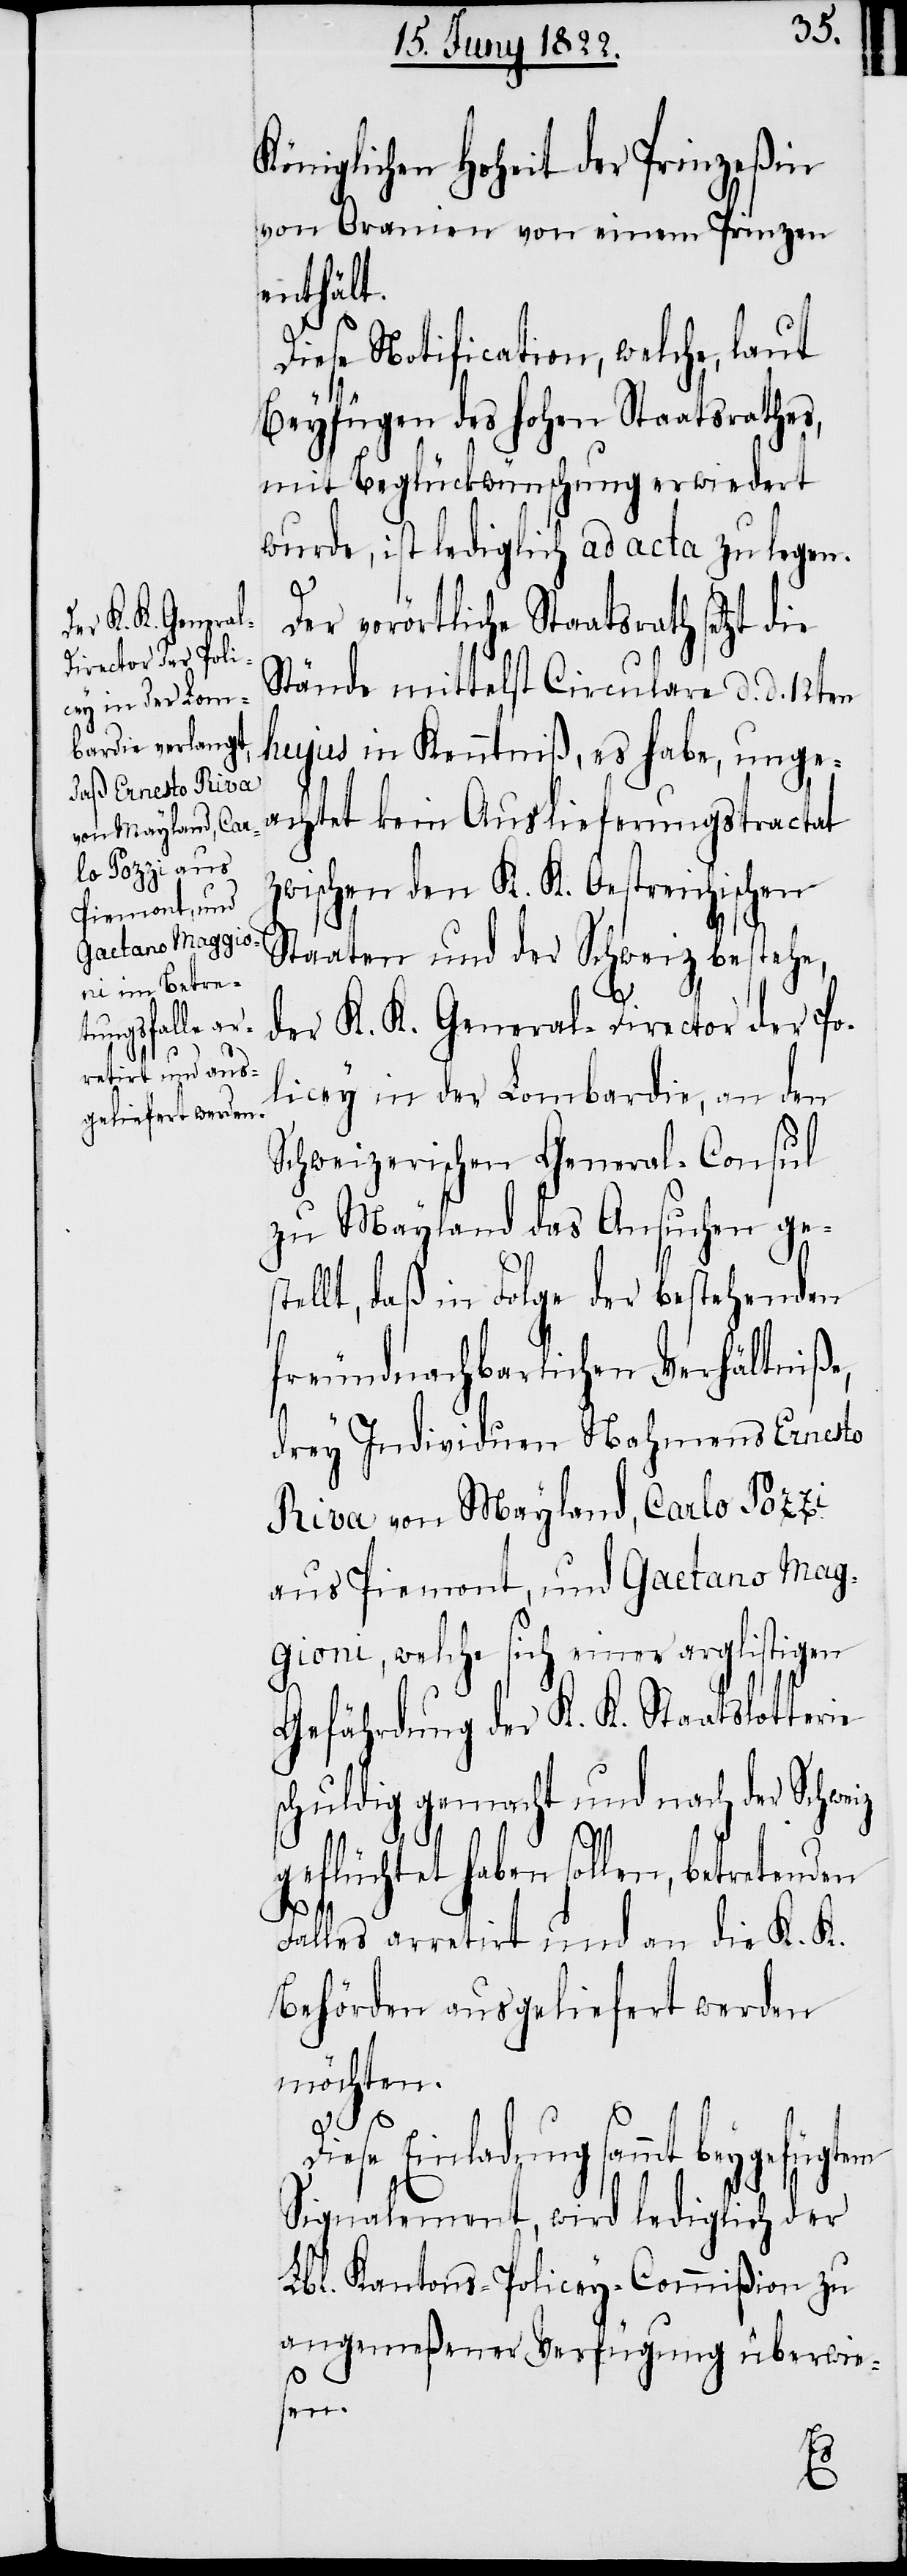
Königlichen Hoheit der Prinzeßin
von Oranien von einem Prinzen
enthält.
Diese Notification, welche, laut
Beyfügen des Hohen Staatsrathes,
mit Beglückwünschung erwiedert
wurde, ist lediglich ad acta zu legen.
Der vorörtliche Staatsrath setzt
Stände mittelst Circulare d. d. 12ten
hujus in Kenntiß, es habe, unge¬
achtet kein Auslieferungstractat
zwischen den K. K. Oesterreichischen
Staaten und der Schweiz bestehe,
der K. K. General-Director der Po¬
licey in der Lombardie, an den
Schweizerischen General-Consul
zu Mayland das Ansuchen ges¬
tellt, daß in Folge der bestehenden
freundnachbarlichen Verhältniße,
drey Individuen Nahmens Ernesto
Riva von Mayland, Carlo Pozzi
aus Piemont, und Gaetano Mag¬
gioni, welche sich einer arglistigen
Gefährdung der K. K. Staatslotter¬
chuldig gemacht und nach der Schweiz
geflüchtet haben sollen, betretenden
ie s¬
Falles arretirt und an die K. K.
Behörden ausgeliefert werden
möchten.
Diese Einladung sammt beygefügten
Signalement, wird lediglich der
Lbl. Kantons-Policey-Commißion zu
angemeßener Verfügung überwie¬
sen.